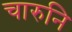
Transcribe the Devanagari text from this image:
चारुनि